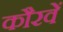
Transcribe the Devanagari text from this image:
कौरवें